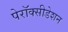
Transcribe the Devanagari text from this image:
पेरॉक्सीडेशन